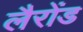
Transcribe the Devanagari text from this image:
लैरोंड